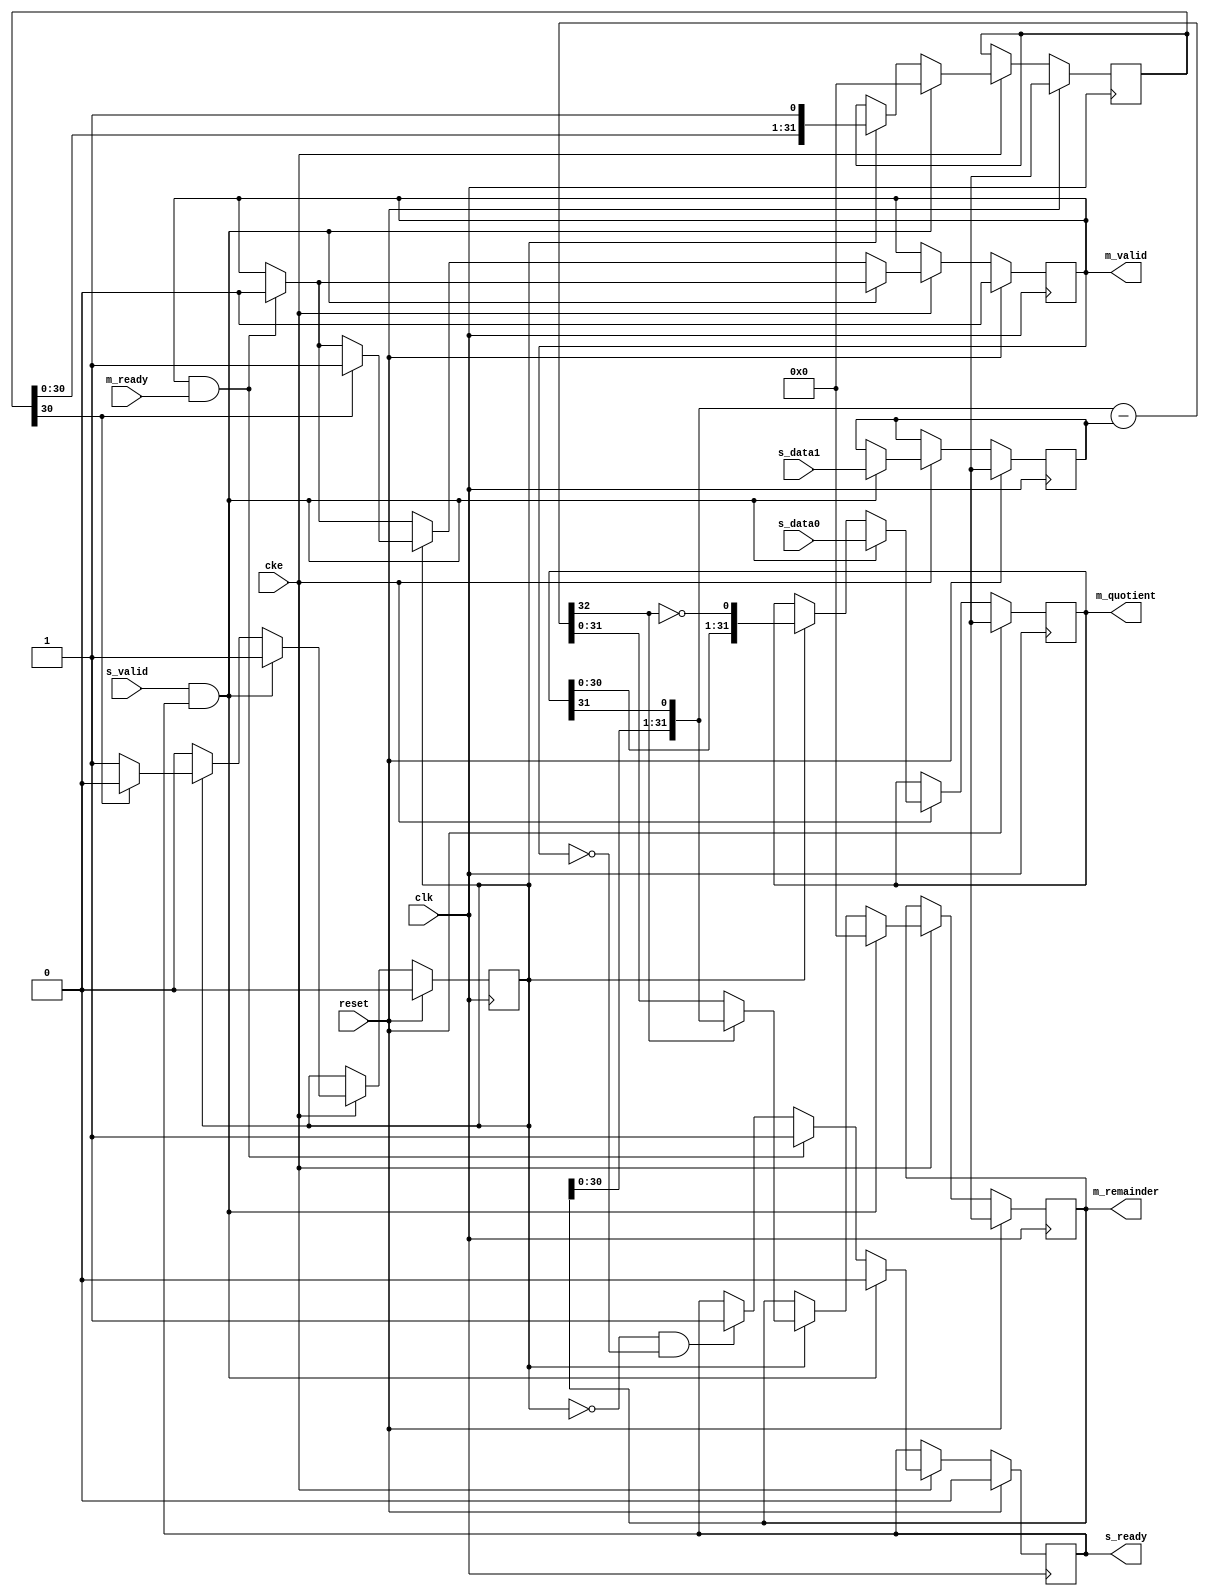
// ---------------------------------------------------------------------------
//  Jelly  -- The platform for real-time computing
//
//                                 Copyright (C) 2008-2020 by Ryuji Fuchikami
//                                 https://github.com/ryuz/jelly.git
// ---------------------------------------------------------------------------



`timescale       1ns / 1ps
`default_nettype none




// 
module jelly_unsigned_divide_multicycle
        #(
            parameter   DATA_WIDTH = 32
        )
        (
            input   wire                        reset,
            input   wire                        clk,
            input   wire                        cke,
            
            // input
            input   wire    [DATA_WIDTH-1:0]    s_data0,
            input   wire    [DATA_WIDTH-1:0]    s_data1,
            input   wire                        s_valid,
            output  wire                        s_ready,
            
            // output
            output  wire    [DATA_WIDTH-1:0]    m_quotient,
            output  wire    [DATA_WIDTH-1:0]    m_remainder,
            output  wire                        m_valid,
            input   wire                        m_ready
        );
    
    reg                         reg_busy;
    reg                         reg_ready;
    reg                         reg_valid;
    
    reg     [DATA_WIDTH-1:0]    reg_counter;
    wire    [DATA_WIDTH-1:0]    next_counter = {reg_counter, 1'b1};
    
    reg     [DATA_WIDTH-1:0]    reg_remainder;
    reg     [DATA_WIDTH-1:0]    reg_quotient;
    reg     [DATA_WIDTH-1:0]    reg_divisor;
    
    wire    [DATA_WIDTH-1:0]    remainder1;
    wire    [DATA_WIDTH-1:0]    quotient1;
    wire    [DATA_WIDTH:0]      quotient2;
    
    
    assign {remainder1, quotient1} = {reg_remainder, reg_quotient, ~quotient2[DATA_WIDTH]};
    assign quotient2               = remainder1 - reg_divisor;
    
    always @ ( posedge clk ) begin
        if ( reset ) begin
            reg_busy      <= 1'b0;
            reg_ready     <= 1'b0;
            reg_valid     <= 1'b0;
            reg_counter   <= {DATA_WIDTH{1'bx}};
            reg_remainder <= {DATA_WIDTH{1'bx}};
            reg_quotient  <= {DATA_WIDTH{1'bx}};
            reg_divisor   <= {DATA_WIDTH{1'bx}};
        end
        else if ( cke ) begin
            if ( !reg_busy && !reg_valid ) begin
                reg_ready <= 1'b1;
            end
            
            if ( m_valid & m_ready ) begin
                reg_valid <= 1'b0;
                reg_ready <= 1'b1;
            end
            
            if ( s_valid & s_ready ) begin
                reg_remainder <= {DATA_WIDTH{1'b0}};
                reg_quotient  <= s_data0;
                reg_divisor   <= s_data1;
                reg_busy      <= 1'b1;
                reg_ready     <= 1'b0;
                reg_counter   <= 0;
            end
            else if ( reg_busy ) begin
                reg_remainder <= quotient2[DATA_WIDTH] ? remainder1 : quotient2[DATA_WIDTH-1:0];
                reg_quotient  <= quotient1;
                
                reg_counter <= next_counter;
                if ( next_counter[DATA_WIDTH-1] ) begin
                    reg_busy  <= 1'b0;
                    reg_valid <= 1'b1;
                end
            end
        end
    end
    
    assign s_ready     = reg_ready;
    
    assign m_quotient  = reg_quotient;
    assign m_remainder = reg_remainder;
    assign m_valid     = reg_valid;
    
endmodule



`default_nettype wire



// end of file